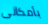
بأمكانى